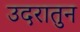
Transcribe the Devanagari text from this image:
उदरातुन